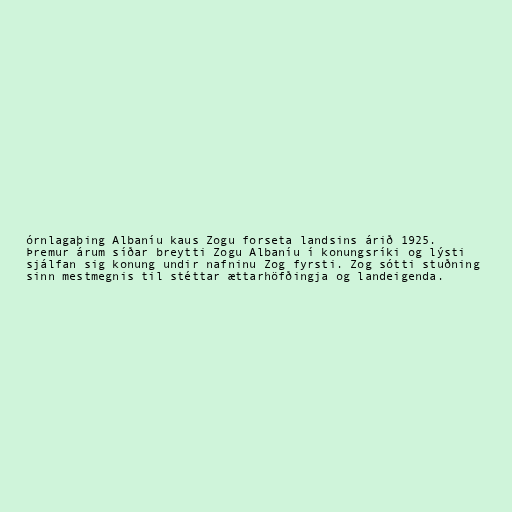
órnlagaþing Albaníu kaus Zogu forseta landsins árið 1925.
Þremur árum síðar breytti Zogu Albaníu í konungsríki og lýsti
sjálfan sig konung undir nafninu Zog fyrsti. Zog sótti stuðning
sinn mestmegnis til stéttar ættarhöfðingja og landeigenda.